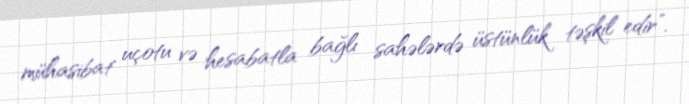
mühasibat uçotu və hesabatla bağlı sahələrdə üstünlük təşkil edir”.